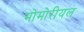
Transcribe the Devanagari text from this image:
मोमोरीयल